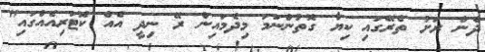
ދެން ރަށު ތެރޭގައި ކިޔާ ގޮތުންނަމަ މިދެމައިން ރޭ ނިދީ އެއް ކޮޓަރިއެއްގައި"